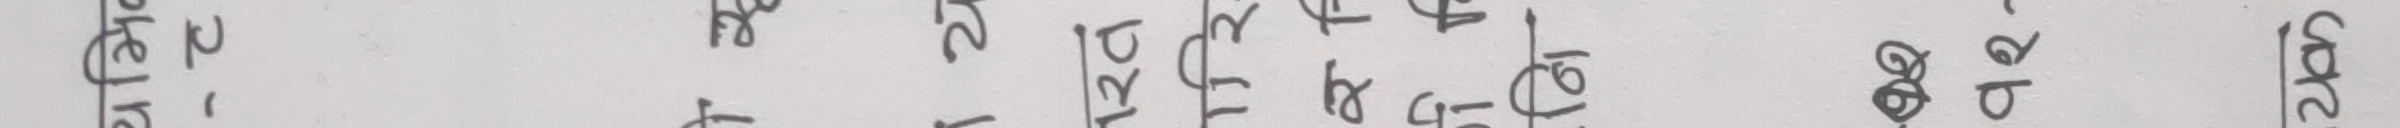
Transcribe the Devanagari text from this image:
सकेर